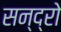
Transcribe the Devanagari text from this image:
सन्द्रो